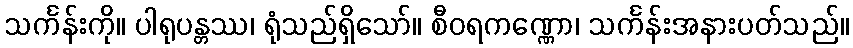
သင်္ကန်းကို။ ပါရုပန္တဿ၊ ရုံသည်ရှိသော်။ စီဝရကဏ္ဏော၊ သင်္ကန်းအနားပတ်သည်။